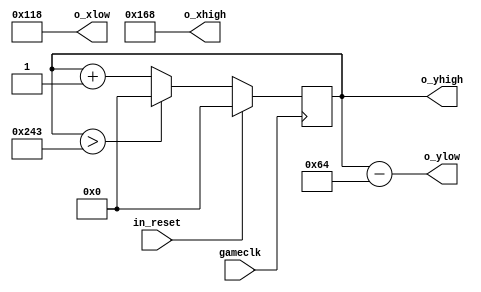
module note #(parameter H_MIDDLE = 320, WIDTH = 40, HEIGHT0 = 100, HEIGHT1 = 100)(gameclk, in_reset, o_xlow, o_xhigh, o_ylow, o_yhigh);
    
   input gameclk, in_reset;
   output [9:0] o_xlow, o_xhigh, o_ylow;
   output reg [9:0] o_yhigh;
   
   wire [8:0] height;
   reg heightState;
   
   localparam SCREEN = 479;
   
   assign o_xlow = H_MIDDLE - WIDTH;
   assign o_xhigh = H_MIDDLE + WIDTH;
   assign o_ylow = o_yhigh - height;
   
   assign height = heightState ? HEIGHT0 : HEIGHT1;
   
   always @(posedge gameclk) begin
        if(in_reset) begin
            o_yhigh <= 0;
            heightState <= 0;
        end
        else if(o_yhigh > SCREEN + height) begin
            o_yhigh <= 0;
            heightState <= ~heightState;
        end
        else begin
          o_yhigh <= o_yhigh + 1;
        end
    end

endmodule